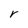
Character: r